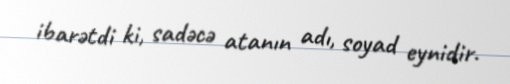
ibarətdi ki, sadəcə atanın adı, soyad eynidir.